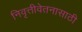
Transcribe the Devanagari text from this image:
निवृत्तीवेतनासाठी